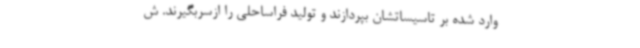
وارد شده بر تاسیساتشان بپردازند و تولید فراساحلی را ازسربگیرند. ش